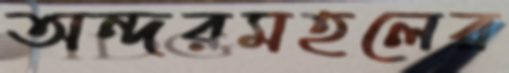
অন্দরমহলের